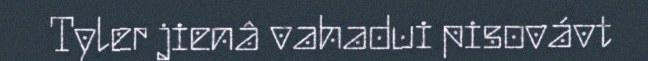
Tyler jienâ vahadui pisovávt